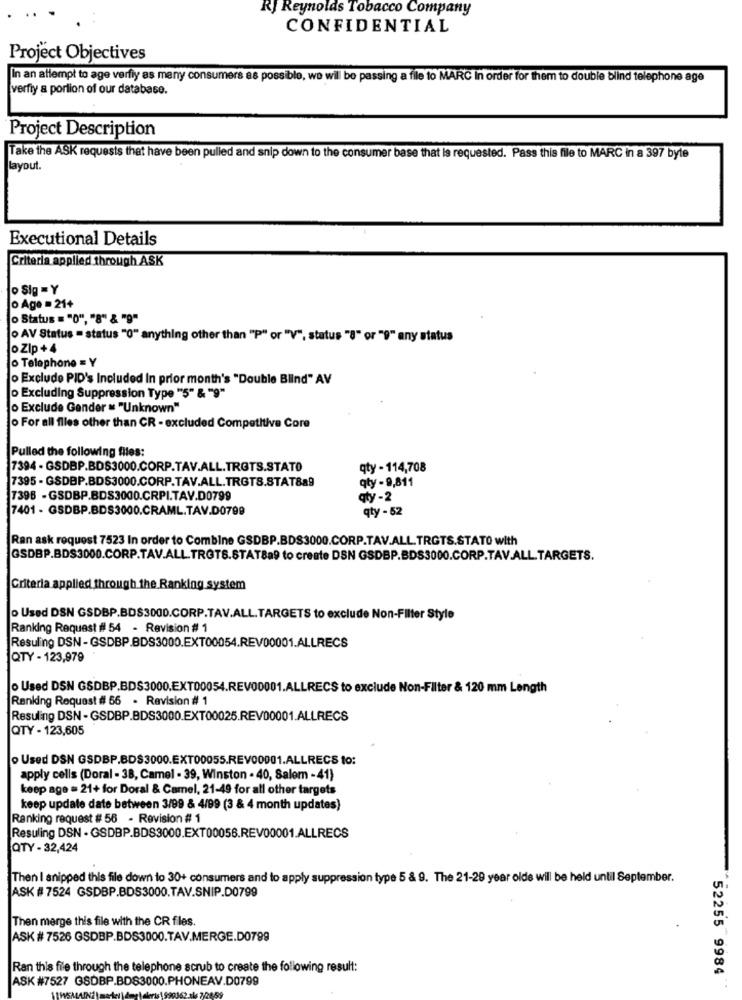
RJ Reynolds Tobacco Company
CONFIDENTIAL
Project Objectives
In an allempt to age verfiy as many consumers as possible, we wil be passing a file to MARC In order for them to double blind telephone age
verfiy a portion of our database.
Project Description
Take the ASK requests that have been pulled and snip down to the consumer base that is requested. Pass this file to MARC in a 397 byte
layout.
Executional Details
Criteria applied through ASK
Sig = Y
o Age = 21+
o Status = "0", "8" & "9"
o AV Status = status "0" anything other than "P" or "V", status "8" or "9" any status
o Zlp + 4
o Telephone = Y
o Exclude PID's Included In prior month's "Double Blind" AV
o Excluding Suppression Type "5" & "9"
o Exclude Gender = "Unknown"
o For all files other than CR - excluded Competitive Core
Pulled the following files:
7394 - GSDBP.BDS3000.CORP.TAV.ALL.TROTS.STATO
qty - 114,708
7395 - GSDBP.BDS3000.CORP.TAV.ALL.TRGTS.STAT8a9
qty - 9,811
7396 - GSDBP.BDS3000.CRPI.TAV.D0799
qty-2
7401 - GSDBP.BDS3000.CRAML.TAV.D0799
qty - 52
Ran ask request 7523 In order to Combine GSDBP.BDS3000.CORP.TAV.ALL. TRGTS.STATO with
GSDBP.BDS3000.CORP.TAV.ALL.TROTS.STAT8a9 to create DSN GSDBP.BDS3000.CORP.TAV.ALL.TARGETS.
Criteria applied through the Ranking system
o Used DSN GSDBP.BDS3000.CORP.TAV.ALL.TARGETS to exclude Non-Filter Style
Ranking Request # 54 - Revision # 1
Resuling DSN - GSDBP.BDS3000.EXT00054.REV00001.ALLRECS
QTY - 123,979
o Used DSN GSDBP.BDS3000.EXT00054.REV00001.ALLRECS to exclude Non-Filter & 120 mm Length
Ranking Request # 66 - Revision # 1
Resuling DSN-GSDBP.BDS3000.EXT00025.REV00001.ALLRECS
QTY - 123,605
o Used DSN GSDBP.BDS3000.EXT00055.REV00001.ALLRECS to:
apply cells (Doral - 38, Camel - 39, Winston - 40, Salem - 41)
keep age = 21+ for Doral & Camel, 21-49 for all other targets
keep update date between 3/99 & 4/99 (3 & 4 month updates)
Ranking request # 56 - Revision # 1
Resuling DSN - GSDBP.BDS3000.EXT00056.REV00001.ALLRECS
QTY - 32,424
Then I snipped this file down to 30+ consumers and to apply suppression type 5 & 9. The 21-29 year olde will be held until September.
ASK # 7524 GSDBP.BDS3000.TAV.SNIP.D0799
Then merge this file with the CR fles.
ASK # 7526 GSDBP.BDS3000.TAV.MERGE.D0799
Ran this file through the telephone scrub to create the following result:
ASK #7527 GSDBP.BD83000.PHONEAV.D0799
52255 9984